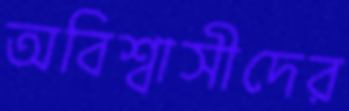
অবিশ্বাসীদের